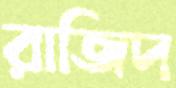
রাজিদ